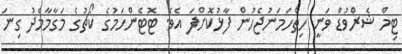
ޓިމް ޝެރްވުޑް ވަނީ ހިތްހަމަނުޖެހުން ފާޅުކޮށްފަ އެވެ. ޓޮޓެންހަމުގެ ކޯޗުގެ މަގާމާމެދު ގިނަ